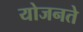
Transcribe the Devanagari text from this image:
योजनते